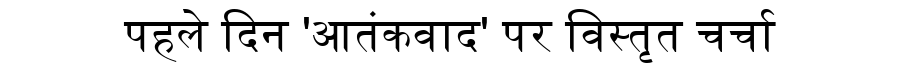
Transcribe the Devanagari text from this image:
पहले दिन 'आतंकवाद' पर विस्तृत चर्चा